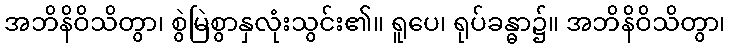
အဘိနိဝိသိတွာ၊ စွဲမြဲစွာနှလုံးသွင်း၏။ ရူပေ၊ ရုပ်ခန္ဓာ၌။ အဘိနိဝိသိတွာ၊